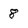
Character: 8